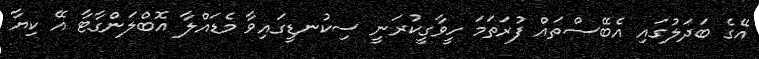
އޭގެ ބަދަލުގައި އެބޭސްތައް ފުރަތަމަ ހީވާގީކުރަނީ ސިކުނޑީގައިވާ މެޑައްލާ އޮބްލަންގާޓާ އޭ ކިޔާ